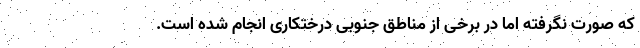
که صورت نگرفته اما در برخی از مناطق جنوبی درختکاری انجام شده است.